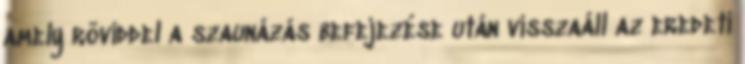
amely röviddel a szaunázás befejezése után visszaáll az eredeti